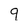
Character: 9